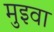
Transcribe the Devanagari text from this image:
मुइवा